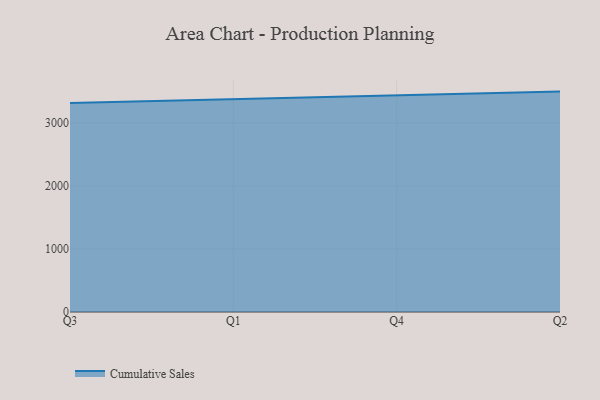
{"axis": {"x": "Quarter", "y": "Bounce Rate (%)"}, "legend": ["Cumulative Sales"], "data": [{"x": "Q3", "y": 3317.5, "type": "Cumulative Sales"}, {"x": "Q1", "y": 3375.4, "type": "Cumulative Sales"}, {"x": "Q4", "y": 3433.6, "type": "Cumulative Sales"}, {"x": "Q2", "y": 3498.3, "type": "Cumulative Sales"}]}